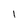
Character: 1